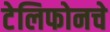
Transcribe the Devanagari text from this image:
टेलिफोनचे